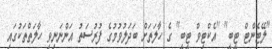
''ލޭޓެންޓް ޓީބީ'' ''އެކްޓިވް ޓީބީ'' ގެ ހާލަތަށް ބަދަލުވުމުގެ ފުރުސަތު އަންނަނިވި ހާލަތްތަކުގައި